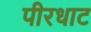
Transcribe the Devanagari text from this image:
पीरधाट